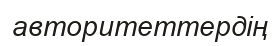
авторитеттердің